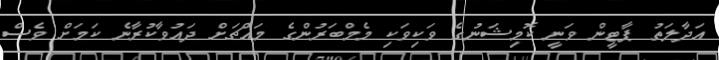
އަދާލަތު ޕާޓީން ވަނީ ކޮމިޝަނުގެ ވަކިވަކި މެމްބަރުންގެ މައްޗަށް ދައުވާކުރާނެ ކަމަށް ވެސް